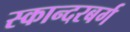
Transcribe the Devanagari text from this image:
स्कान्दरबर्ग